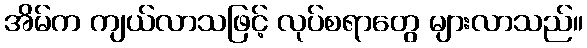
အိမ်က ကျယ်လာသဖြင့် လုပ်စရာတွေ များလာသည်။